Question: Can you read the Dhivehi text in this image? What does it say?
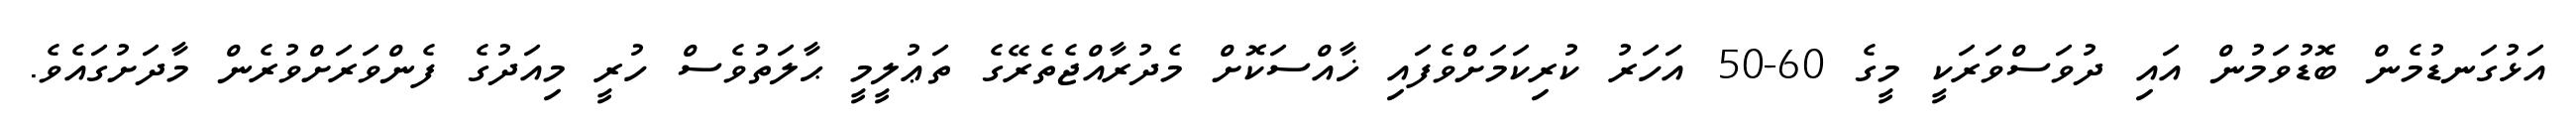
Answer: އަޅުގަނޑުމެން ބޮޑުވަމުން އައި ދުވަސްވަރަކީ މީގެ 60-50 އަހަރު ކުރިކަމަށްވެފައި ޚާއްސަކޮށް މެދުރާއްޖެތެރޭގެ ތަޢުލީމީ ޙާލަތުވެސް ހުރީ މިއަދުގެ ފެންވަރަށްވުރެން މާދަށުގައެވެ.